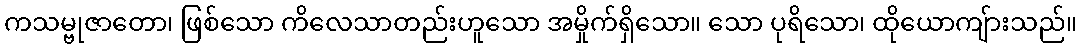
ကသမ္ဗုဇာတော၊ ဖြစ်သော ကိလေသာတည်းဟူသော အမှိုက်ရှိသော။ သော ပုရိသော၊ ထိုယောကျ်ားသည်။